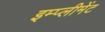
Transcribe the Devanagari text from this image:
इम्प्लीमेंट